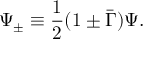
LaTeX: \Psi _ { \pm } \equiv \frac { 1 } { 2 } ( 1 \pm \bar { \Gamma } ) \Psi .